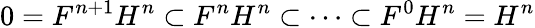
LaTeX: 0=F^{n+1}H^{n}\subset F^{n}H^{n}\subset\dots\subset F^{0}H^{n}=H^{n}